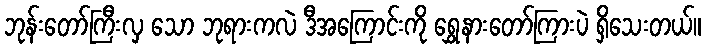
ဘုန်းတော်ကြီးလှ သော ဘုရားကလဲ ဒီအကြောင်းကို ရွှေနားတော်ကြားပဲ ရှိသေးတယ်။